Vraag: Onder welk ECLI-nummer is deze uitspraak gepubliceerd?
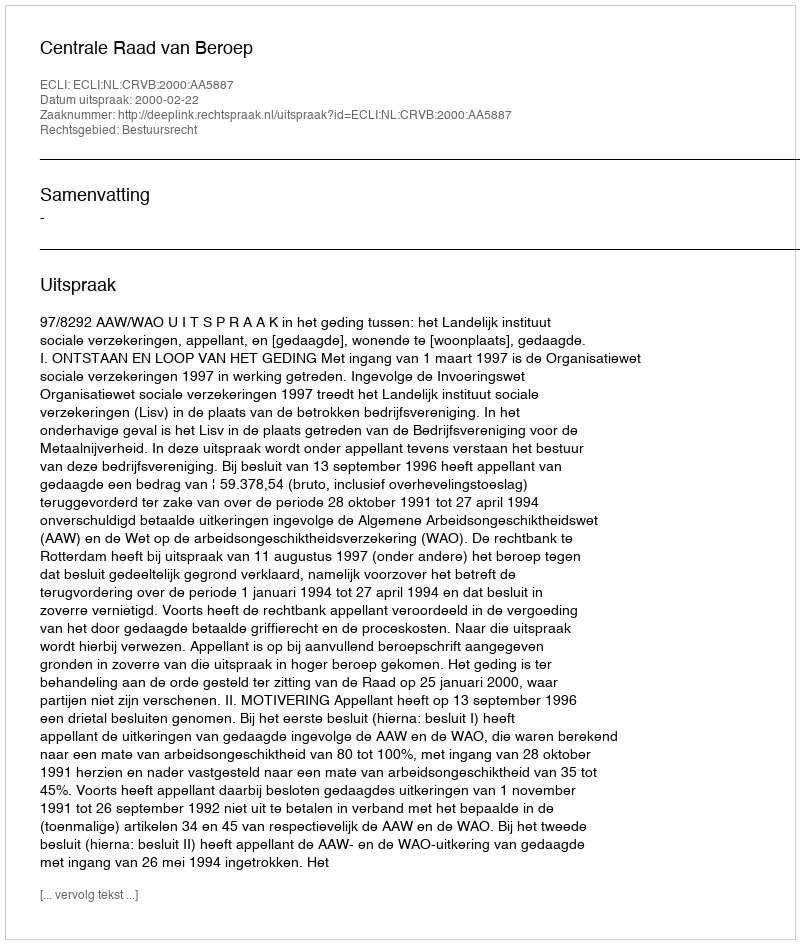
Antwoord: ECLI:NL:CRVB:2000:AA5887